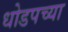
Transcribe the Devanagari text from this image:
धोडपच्या